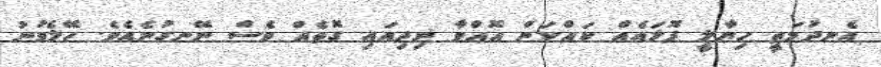
އެނދުމަތީ ހިޔާލީ ފޮލައެއް ކައްކަން އޮއްވާ ނިދިއައި ގޮތެއް ވެސް ނޭނގުނެއެވެ. ހޭލެވުނު